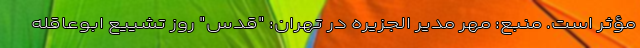
مؤثر است. منبع: مهر مدیر الجزیره در تهران: "قدس" روز تشییع ابوعاقله